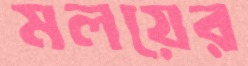
মলয়ের